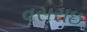
વસરાઇ